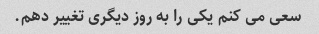
سعی می کنم یکی را به روز دیگری تغییر دهم.